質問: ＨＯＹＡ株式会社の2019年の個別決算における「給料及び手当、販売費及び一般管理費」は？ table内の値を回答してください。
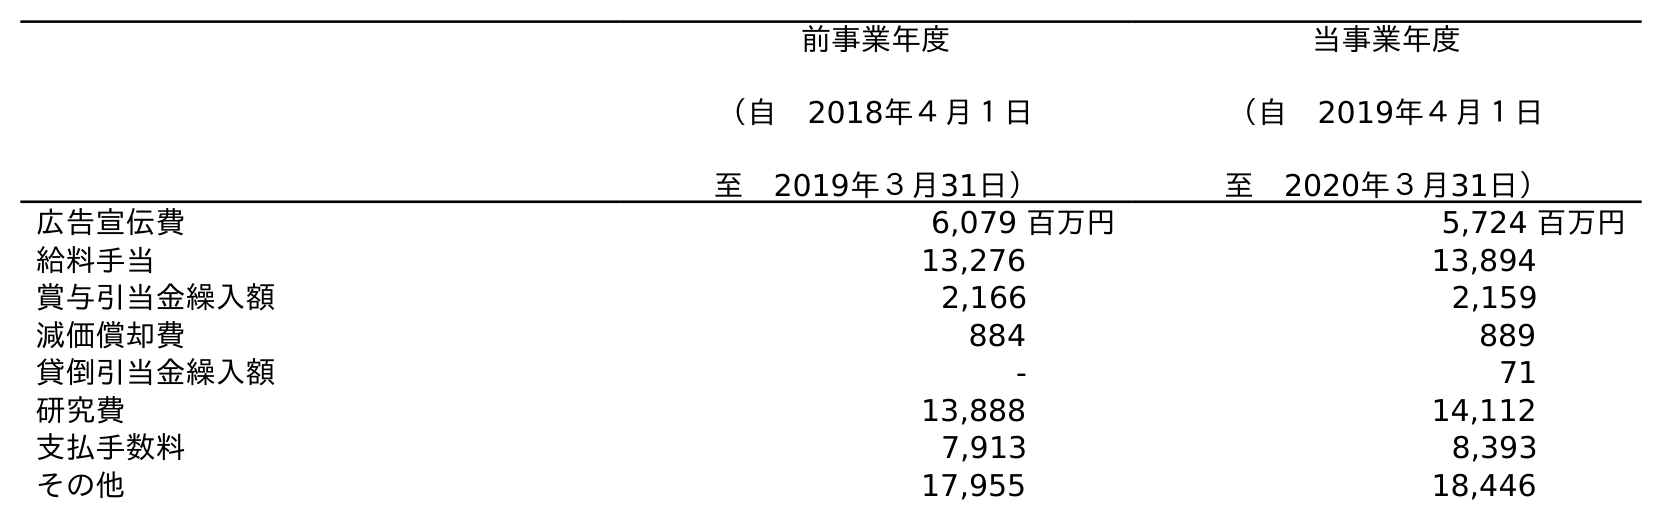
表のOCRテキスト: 前事業年度 （自 2018年４月１日 至 2019年３月31日） 当事業年度 （自 2019年４月１日 至 2020年３月31日） 広告宣伝費 6,079 百万円 5,724 百万円 給料手当 13,276 13,894 賞与引当金繰入額 2,166 2,159 減価償却費 884 889 貸倒引当金繰入額 - 71 研究費 13,888 14,112 支払手数料 7,913 8,393 その他 17,955 18,446
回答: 13,276